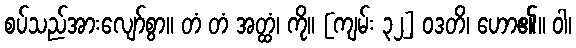
စပ်သည်အားလျော်စွာ။ တံ တံ အတ္ထံ၊ ကို။ [ကျမ်း ၃၂] ဝဒတိ၊ ဟော၏။ ဝါ၊